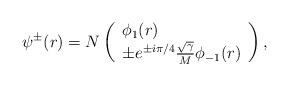
\begin{align*}\psi ^{\pm }(r)=N\left( \begin{array}{l}\phi _{1}(r) \\ \pm e^{\pm i\pi /4}\frac{\sqrt{\gamma }}{M}\phi _{-1}(r)\end{array}\right) , \end{align*}